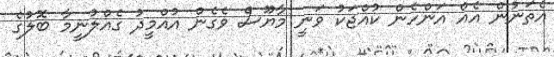
އެތަނުން އެއް އަންހެން ކުއްޖަކު ވަނީ މާޔޫސް ވެގެން އުއްމީދު ގެއްލުނީމާ ބޮލުގެ